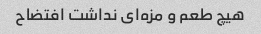
هیچ طعم و مزه‌ای نداشت افتضاح